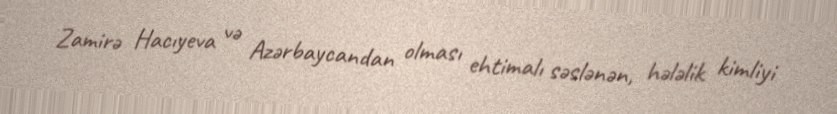
Zamirə Hacıyeva və Azərbaycandan olması ehtimalı səslənən, hələlik kimliyi